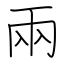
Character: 兩